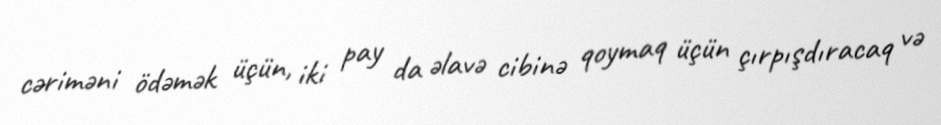
cəriməni ödəmək üçün, iki pay da əlavə cibinə qoymaq üçün çırpışdıracaq və